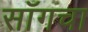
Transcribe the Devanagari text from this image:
साँगचा